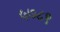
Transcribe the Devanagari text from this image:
५७८९